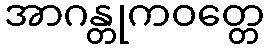
အာဂန္တုကဝတ္တေ